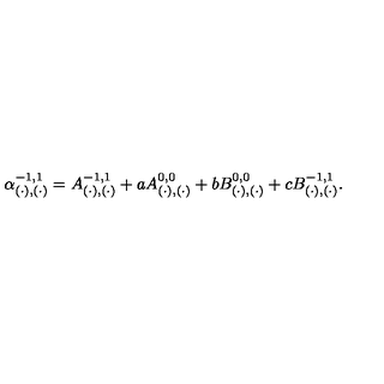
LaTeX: \alpha _ { ( \cdot ) , ( \cdot ) } ^ { - 1 , 1 } = A _ { ( \cdot ) , ( \cdot ) } ^ { - 1 , 1 } + a A _ { ( \cdot ) , ( \cdot ) } ^ { 0 , 0 } + b B _ { ( \cdot ) , ( \cdot ) } ^ { 0 , 0 } + c B _ { ( \cdot ) , ( \cdot ) } ^ { - 1 , 1 } .